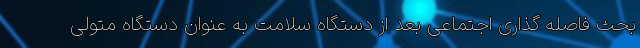
بحث فاصله گذاری اجتماعی بعد از دستگاه سلامت به عنوان دستگاه متولی